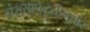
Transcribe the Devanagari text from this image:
संख्यापद्धतीनुसार